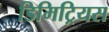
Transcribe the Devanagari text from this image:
डिमिट्रियस